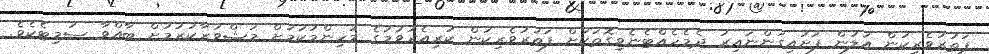
ފަތުރުވެރިކަން އަލުން ފަށައިގަންނައިރު ދެމެހެއްޓެނެވިގޮތަކަށް ފަތުރުވެރިކަން ކުރިއެރުވުމުގެ މުހިންމުކަމަށް މަޝްވަރާކުރުމަށް ބާއްވާ ސަމިޓެކެވެ.